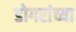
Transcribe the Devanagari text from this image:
डोगरांच्या